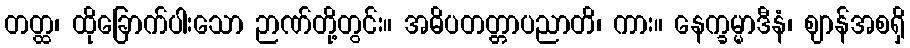
တတ္ထ၊ ထိုခြောက်ပါးသော ဉာဏ်တို့တွင်း။ အဓိပတတ္တာပညာတိ၊ ကား။ နေက္ခမ္မာဒီနံ၊ ဈာန်အစရှိ